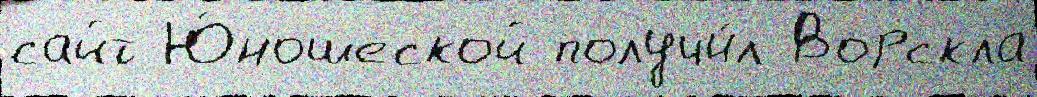
сайт Ю́ношеской получи́л Ворскла